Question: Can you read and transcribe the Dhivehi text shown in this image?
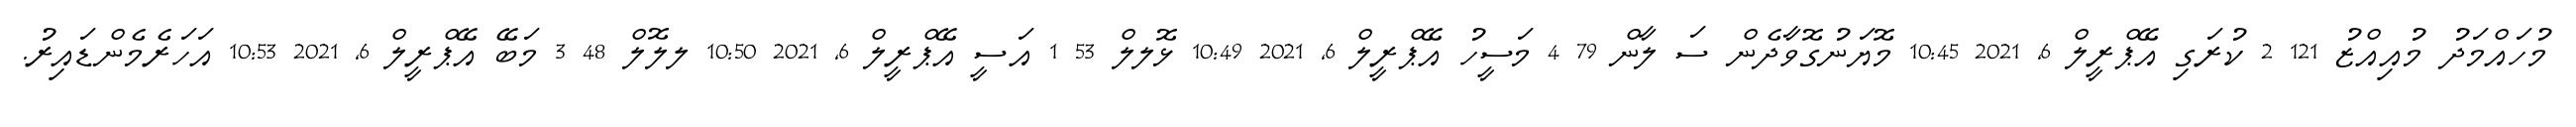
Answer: މުހައްމަދު މުއިއްޒު 121 2 ކުރަގި އޭޕްރީލް 6, 2021 10:45 މޮޔަނުގޮވާދެން ސަ ލާން 79 4 މަސީހު އޭޕްރީލް 6, 2021 10:49 ޅޮލލް 53 1 އަސީ އޭޕްރީލް 6, 2021 10:50 ލލޮލް 48 3 މަބޭ އޭޕްރީލް 6, 2021 10:53 އަހަރެމެންޑައިރު.